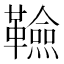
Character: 𮧭